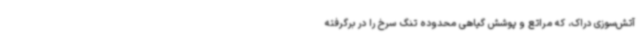
آتش‌سوزی دراک، که مراتع و پوشش گیاهی محدوده تنگ سرخ را در برگرفته